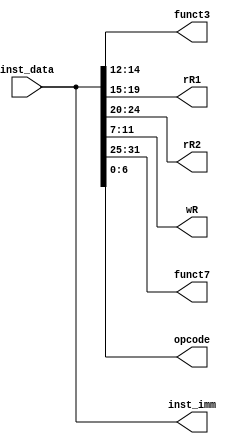
`timescale 1ns / 1ps
//////////////////////////////////////////////////////////////////////////////////
// Company: 
// Engineer: 
// 
// Design Name: 
// Module Name: prgrom
// Project Name: 
// Target Devices: 
// Tool Versions: 
// Description: 
// 
// Dependencies: 
// 
// Revision:
// Revision 0.01 - File Created
// Additional Comments:
// 
//////////////////////////////////////////////////////////////////////////////////


module prgrom(
    //input [31:0] pc,
    input [31:0] inst_data,
    output reg [2:0] funct3,
    output reg [4:0] rR1,
    output reg [4:0] rR2,
    output reg [4:0] wR,
    output reg [6:0] funct7,
    output reg [6:0] opcode,
    output reg [31:0] inst_imm
    );
    
    //reg [31:0] inst_data;
    
//    inst_mem u_program(
//        .a(pc[15:2]),
//        .spo(inst_data)
//    );
    
    always @(inst_data) begin
        rR1 = inst_data[19:15];  
    end
    
    always @(inst_data) begin
        rR2 = inst_data[24:20];
    end
    
    always @(inst_data) begin
        wR = inst_data[11:7];  
    end    
    
    always @(inst_data) begin
        inst_imm = inst_data;  
    end        
 
     always @(inst_data) begin
        funct3 = inst_data[14:12];  
    end      
    
     always @(inst_data) begin
        funct7 = inst_data[31:25]; 
    end          
    
     always @(inst_data) begin
        opcode = inst_data[6:0]; 
    end       
    
endmodule